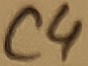
Text: C4